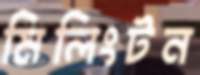
মিলিংটন